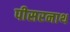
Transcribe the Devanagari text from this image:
पीसरनाथ